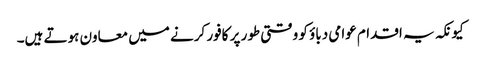
کیونکہ یہ اقدام عوامی دباؤ کو وقتی طور پر کافور کرنے میں معاون ہوتے ہیں۔